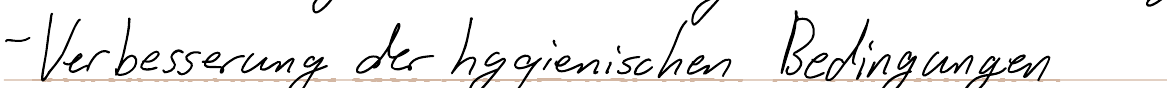
- Verbesserung der hygienischen Bedingungen